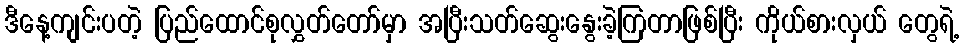
ဒီနေ့ကျင်းပတဲ့ ပြည်ထောင်စုလွှတ်တော်မှာ အပြီးသတ်ဆွေးနွေးခဲ့ကြတာဖြစ်ပြီး ကိုယ်စားလှယ် တွေရဲ့